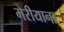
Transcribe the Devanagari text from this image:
मेरीयाना